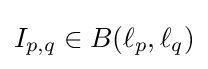
I_{p,q}\in B(\ell _{p},\ell _{q})